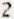
2